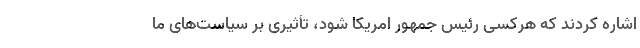
اشاره کردند که هرکسی رئیس جمهور امریکا شود، تأثیری بر سیاست‌های ما